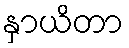
နှာယိတာ